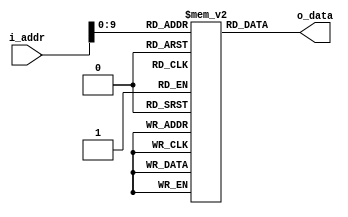
// Instruction Cache.  
// Will determine best way to load instructions from Main Memory later. 
// Right now an initial test sequence will be used
module imem(
    input  [31:0] i_addr,
    output [31:0] o_data
);

    reg  [31:0]  r_memory [0:1023];

    initial begin
        /*
        r_memory[1] <= 32'b00000010000001000000001010010011;
        r_memory[2] <= 32'b00000010000001000000001010010011;
        r_memory[3] <= 32'b00000000100000010010000000100011;
        */

        r_memory[0] <= 32'b0;
        r_memory[1] <= 32'b00000000000101011000010110010011;
        r_memory[2] <= 32'b0;
        r_memory[3] <= 32'b0;
        r_memory[4] <= 32'b0;
        r_memory[5] <= 32'b0;
        r_memory[6] <= 32'b0;
        r_memory[7] <= 32'b0;
        r_memory[8] <= 32'b0;
    end

    assign o_data = r_memory[i_addr];

endmodule